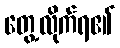
တွေ့လိုက်ရ၏